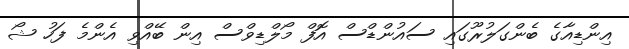
އިންޑިއާގެ ބެންގަލުރޫގައި ސައުންޑްސް އޮފް މޯލްޑިވްސް އިން ބޭއްވި އެންމެ ފަހު ޝޯ